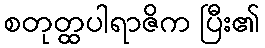
စတုတ္ထပါရာဇိက ပြီး၏